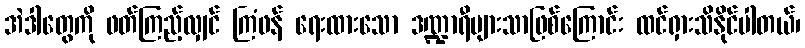
အဲဒါတွေကို ဖတ်ကြည့်လျှင် ကြံဖန် ရေးထားသော ဒဏ္ဍာရီများသာဖြစ်ကြောင်း ထင်ရှားသိနိုင်ပါတယ်၊